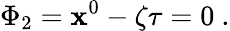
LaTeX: \Phi_{2}=\mathbf{x}^{0}-\zeta\tau=0~.